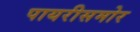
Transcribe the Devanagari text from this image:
पायरीसमोर